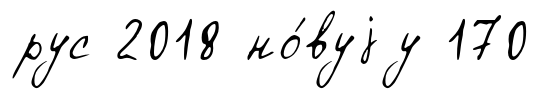
рус 2018 но́вуjу 170